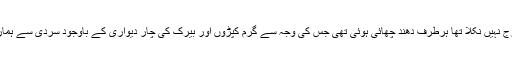
سہراب نے بتایا کہ اس وقت تک سورج نہیں نکلا تھا ہرطرف دھند چھائی ہوئی تھی جس کی وجہ سے گرم کپڑوں اور بیرک کی چار دیواری کے باوجود سردی سے ہمارے جسم بری طرح ٹھٹھر رہے تھے۔